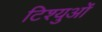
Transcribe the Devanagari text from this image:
टिश्युओं